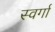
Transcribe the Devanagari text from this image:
स्वर्गा